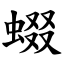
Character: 蝃